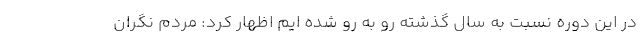
در این دوره نسبت به سال گذشته رو به رو شده ایم اظهار کرد: مردم نگران